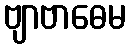
ဗျာဗာဓေမ